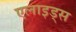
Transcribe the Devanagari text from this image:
एलाइड्स